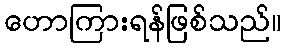
ဟောကြားရန်ဖြစ်သည်။